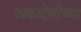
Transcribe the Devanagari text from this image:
अकादेमीच्या